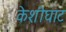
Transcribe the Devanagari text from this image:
केशीघाट